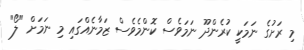
މި ރަށުގެ ނަމަކީ ކުރެންދޫ ނަމަވެސް ކޮންމެވެސް ޒަމާނެއްގައި މި ނަމަށް "ލޯ"